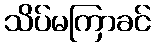
သိပ်မကြာခင်